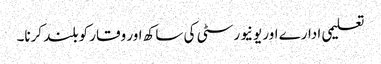
تعلیمی ادارے اور یونیورسٹی کی ساکھ اور وقار کو بلند کرنا۔